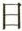
日